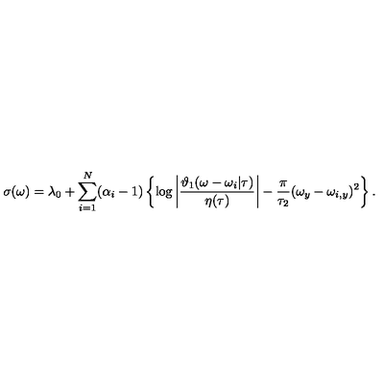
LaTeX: \sigma ( \omega ) = \lambda _ { 0 } + \sum _ { i = 1 } ^ { N } ( \alpha _ { i } - 1 ) \left\{ \log \left| \frac { \vartheta _ { 1 } ( \omega - \omega _ { i } | \tau ) } { \eta ( \tau ) } \right| - \frac { \pi } { \tau _ { 2 } } ( \omega _ { y } - \omega _ { i , y } ) ^ { 2 } \right\} .